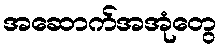
အဆောက်အအုံတွေ